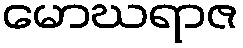
မောဃရာဇ